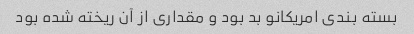
بسته بندی امریکانو بد بود و مقداری از آن ریخته شده بود